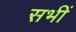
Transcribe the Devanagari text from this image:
सभीं